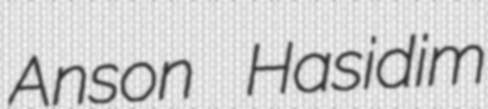
Anson Hasidim